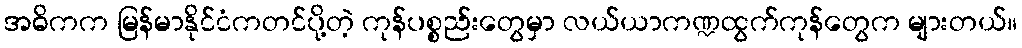
အဓိကက မြန်မာနိုင်ငံကတင်ပို့တဲ့ ကုန်ပစ္စည်းတွေမှာ လယ်ယာကဏ္ဍထွက်ကုန်တွေက များတယ်။